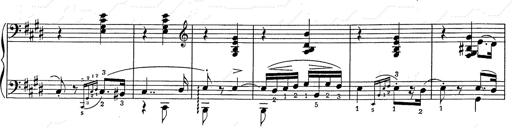
Title: Hungarian Rhapsody No.2
Composer: Franz Liszt
Key: C-sharp minor